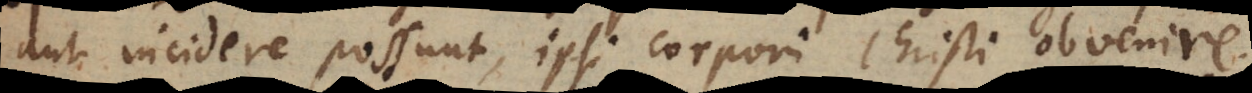
aut incidere possunt, ipsi corpori Christi obvenire.